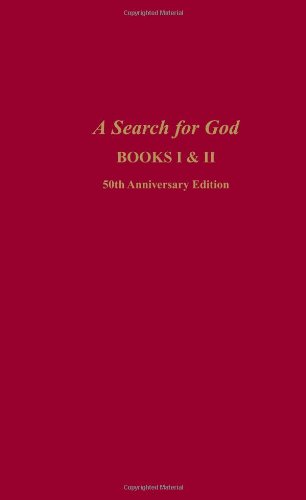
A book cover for A Search for God (Books 1 & 2), 50th Anniversary Edition; Edgar Cayce; Religion & Spirituality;